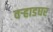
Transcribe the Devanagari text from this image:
वर्‍हाडघर